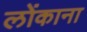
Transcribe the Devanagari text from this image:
लोंकाना